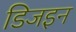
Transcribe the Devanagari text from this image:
डिजइन